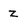
Character: z